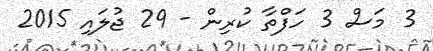
3 މަސް 3 ހަފްތާ ކުރިން - 29 ޖުލައި 2015